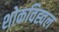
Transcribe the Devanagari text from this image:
शोकविह्वल